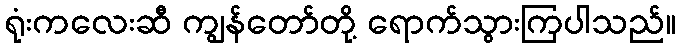
ရုံးကလေးဆီ ကျွန်တော်တို့ ရောက်သွားကြပါသည်။